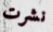
نشرت